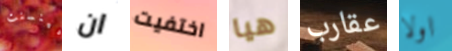
فينسنت ان اختفيت هيا عقارب اولا